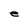
Character: e